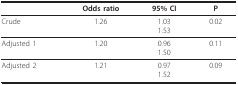
|  | Odds ratio | 95% CI | P |
 | --- | --- | --- | --- |
 | Crude | 1.26 | 1.031.53 | 0.02 |
 | Adjusted 1 | 1.20 | 0.961.50 | 0.11 |
 | Adjusted 2 | 1.21 | 0.971.52 | 0.09 |